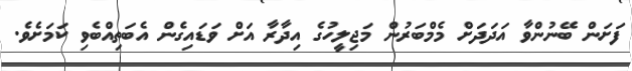
ފަށަން ބޭނުންވާ އަދަދަށް މެމްބަރުން މަޖިލީހުގެ އިދާރާ އަށް ވަޑައިގެން އެބަތިއްބެވި ކަމަށެވެ.